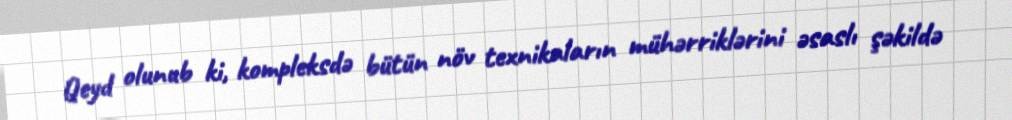
Qeyd olunub ki, kompleksdə bütün növ texnikaların mühərriklərini əsaslı şəkildə